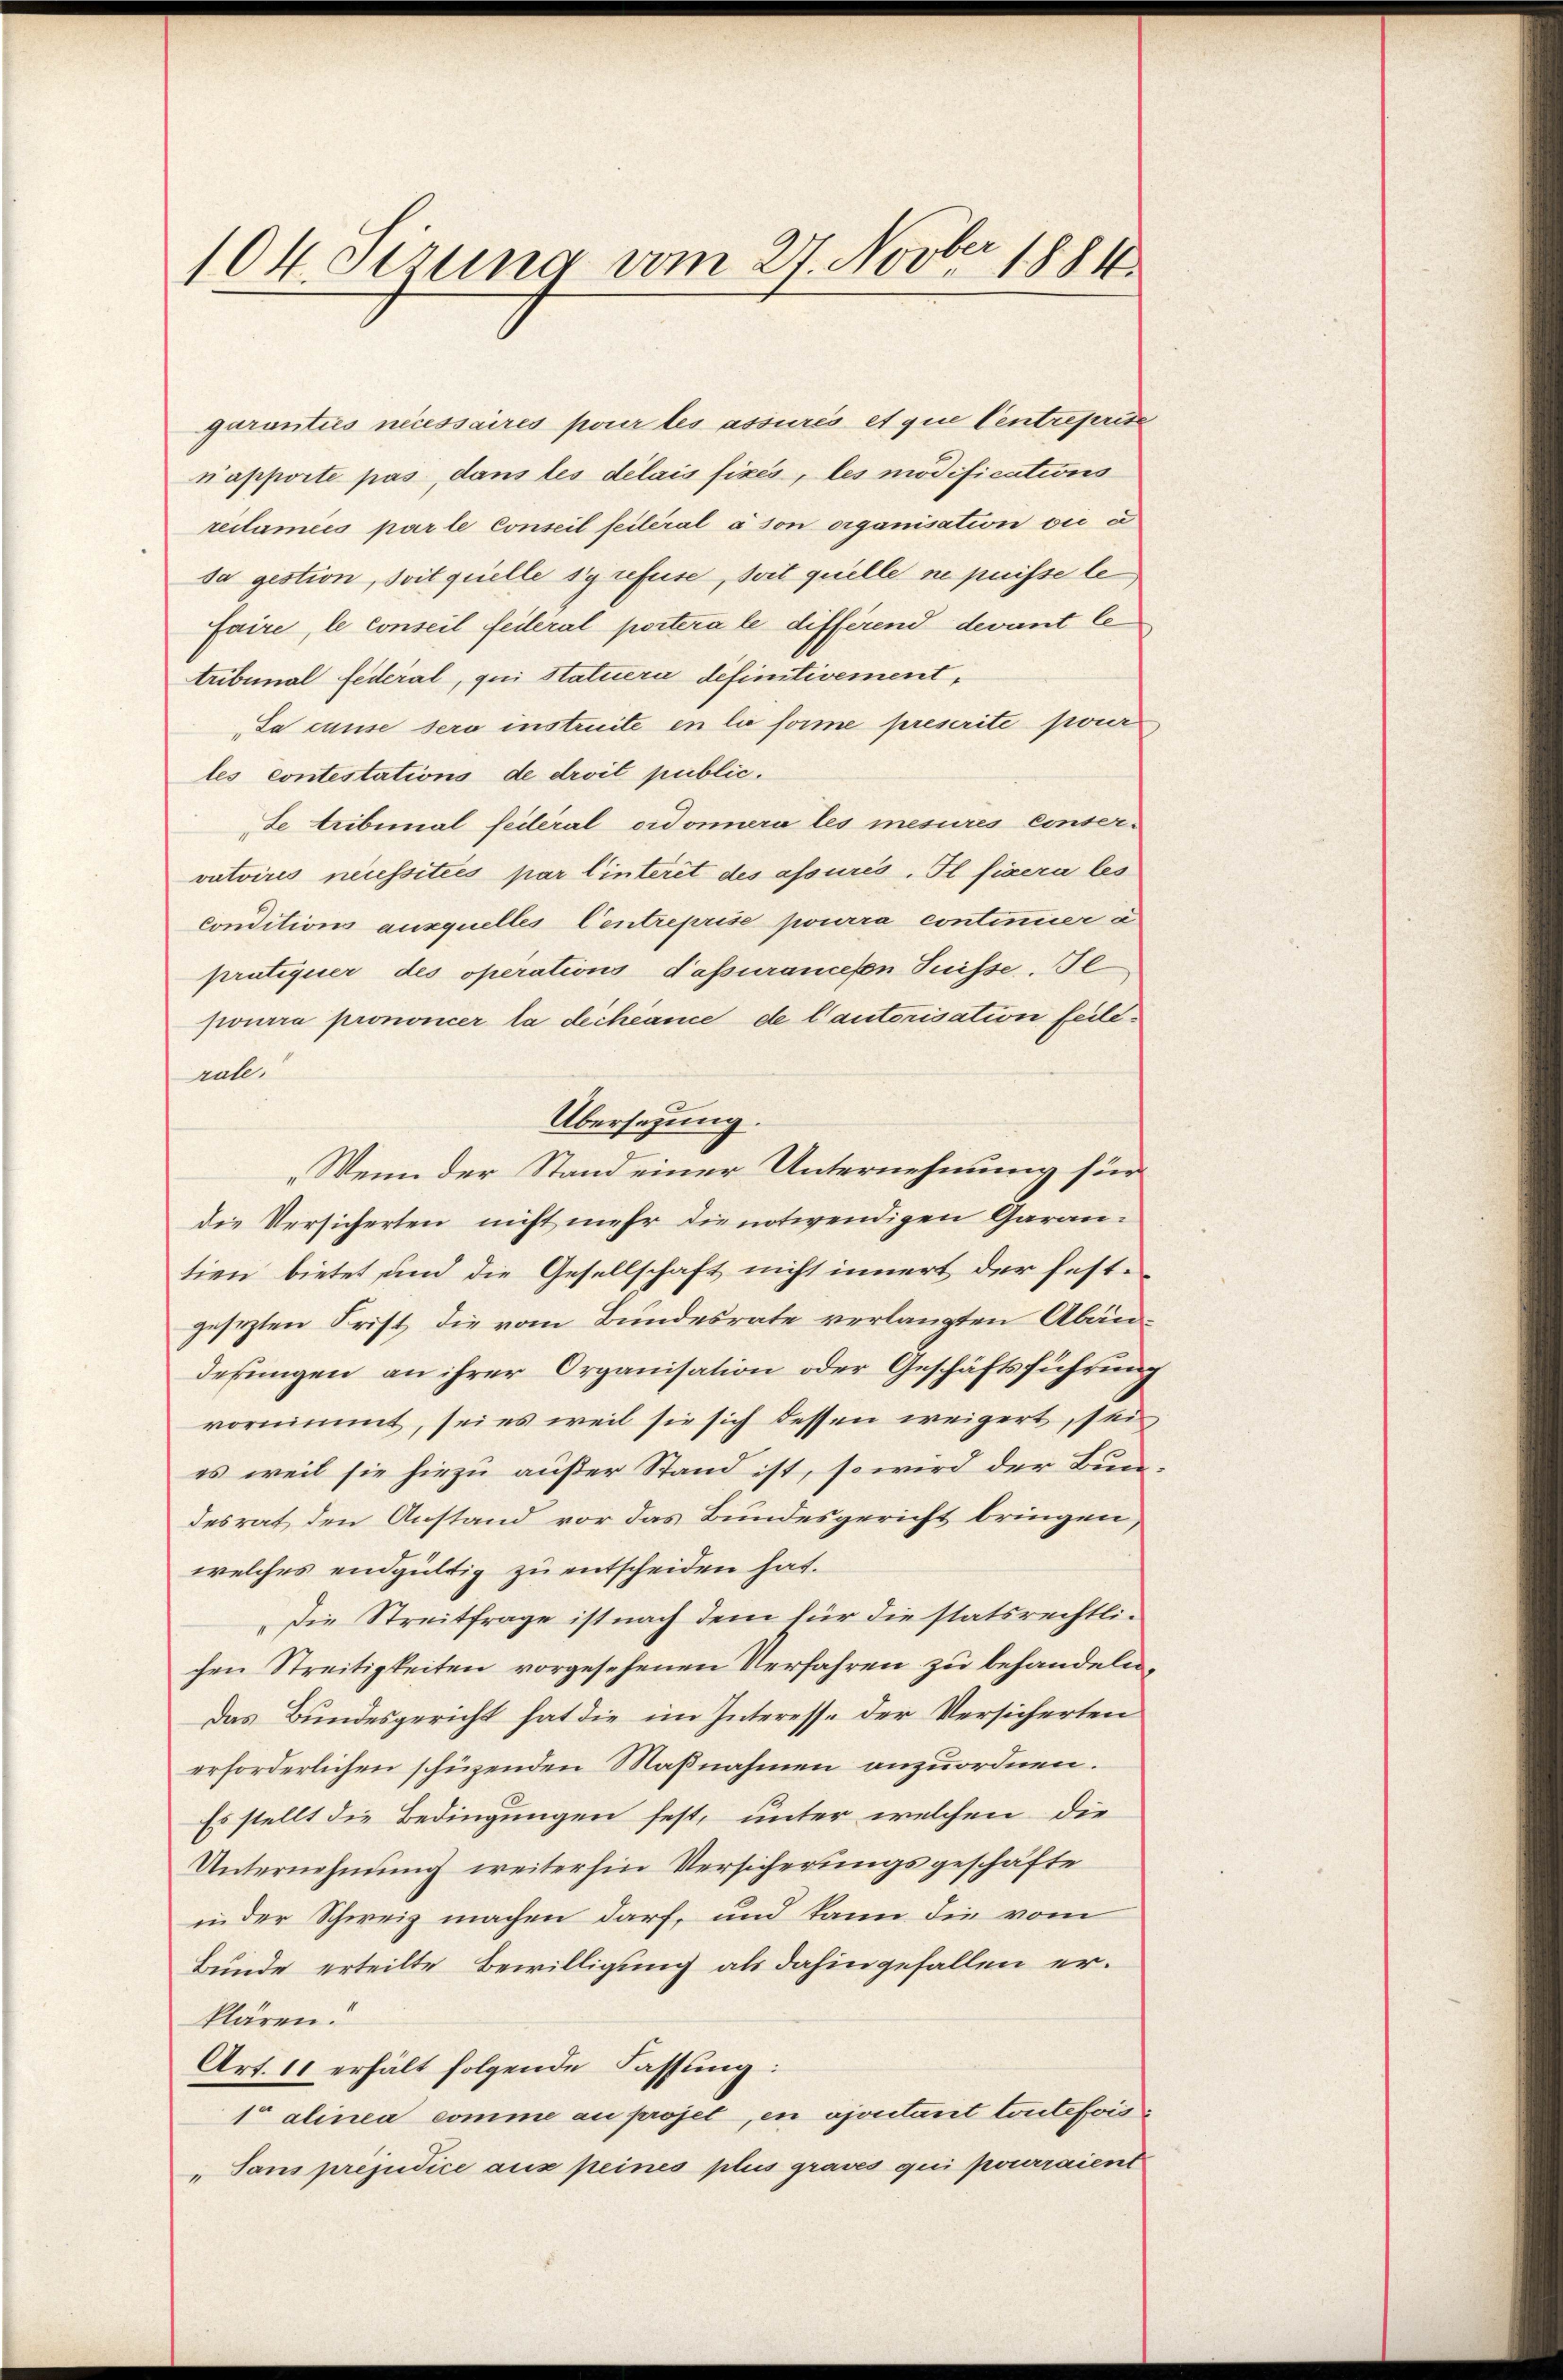
104. gerung vom 27. Novber 1884.

garanties nécessaires pour les assurés et que Centreprise
napporte pas, dans les délais fixes, les modifications
reclamées par le Conseil feileral à son organisation vie d
sa gestion, soit quelle sy refuse, soit quelle ne puisse le
faire, le conseil feileral portera le differend devant le
tribunal federal, qui Statuera definitivement,
Sa cause sero instruite en lie forme prescrite jour
les contestations de droit public.
Se Aribunal federal ordorera les mesures conservutoires neussitées par linterit des assurés. Il fixera les
Conditions auxquelles Centreprise pourra continer a
pratiquer des operations Tapurancesen Suisse. Je
pourra prononcer la déchéance de l’autorisation feilerule.
Übersezung
„Wenn der Stand einer Unternehmung für
die Versicherten nicht mehr die notwendigen Garantien bietet und die Gesellschaft nicht innert der festgesezten Frist die vom Bundesrate verlangten Abänderungen an ihrer Organisation oder Geschäftsführung
vornimmt, sei es weil sie sich dessen weigert, sei
es weil sie hiezu außer Stand ist, so wird der Bundesrat den Anstand vor das Bundesgericht bringen,
welches endgültig zu entscheiden hat.
Die Streitfrage ist nach dem für die statsrechtlichen Streitigkeiten vorgesehenen Verfahren zu behandeln,
Das Bundesgericht hat die im Interesse der Versicherten
erforderlichen schüzenden Maßnahmen anzuordnen.
Es stellt die Bedingungen fest, unter welchen die
Unternehmung weiterhin Versicherungsgeschäfte
in der Schweiz machen darf, und kann die vom
Bunde erteilte Bewilligung als dahingefallen erklären.
Art. 11 erhält folgende Fassung:
1 alinea comme au projet, en ajoritant toutefois
„Sans préjudice aus peines plus graves qui pourraient